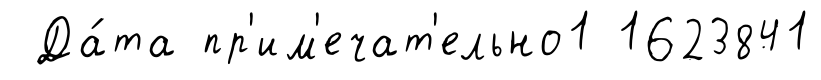
Да́та пр'им'ечат'ельно1 1623841